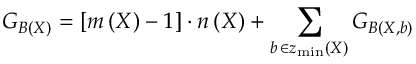
G _ { { \cal B } \left( X \right) } = \left[ m \left( X \right) - 1 \right] \cdot n \left( X \right) + \sum _ { b \, \in z _ { \operatorname * { m i n } } \left( X \right) } G _ { { \cal B } \left( X , b \right) }